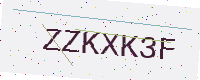
Text: ZZKXK3F